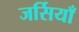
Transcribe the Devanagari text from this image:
जर्सियाँ